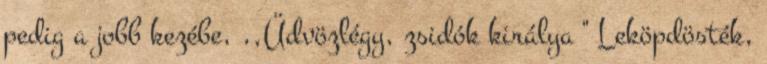
pedig a jobb kezébe, ,,Üdvözlégy, zsidók királya '' Leköpdösték,